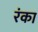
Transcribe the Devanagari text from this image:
रंका